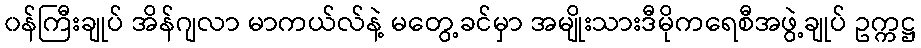
၀န်ကြီးချုပ် အိန်ဂျလာ မာကယ်လ်နဲ့ မတွေ့ခင်မှာ အမျိုးသားဒီမိုကရေစီအဖွဲ့ချုပ် ဥက္ကဋ္ဌ